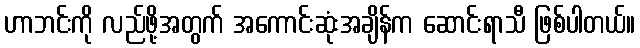
ဟာဘင်းကို လည်ဖို့အတွက် အကောင်းဆုံးအချိန်က ဆောင်းရာသီ ဖြစ်ပါတယ်။